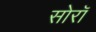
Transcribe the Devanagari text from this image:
सोरॉ